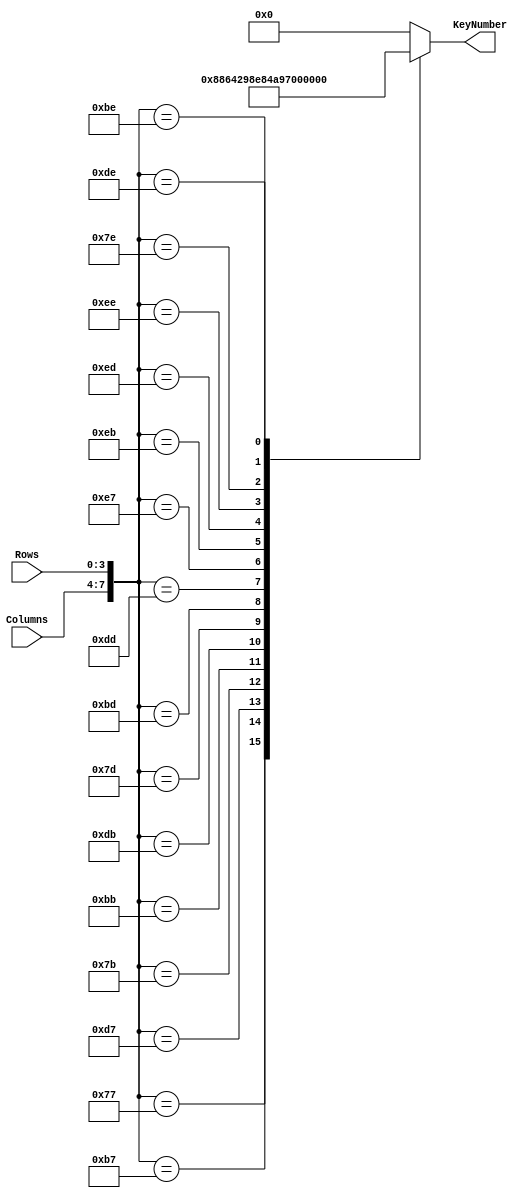
`timescale 1ns / 1ps
//////////////////////////////////////////////////////////////////////////////////
// Company:  Adam LLC
// 
// Design Name:    Key Encoder
// Module Name:    KeyEncoderAJM 
//////////////////////////////////////////////////////////////////////////////////
module KeyEncoderAJM(Columns, Rows, KeyNumber);
	input [3:0] Columns;
	input [3:0] Rows;
	output reg [4:0] KeyNumber;

	parameter NoKey = 0;
	parameter key1 = 1;
	parameter key2 = 2;
	parameter key3 = 3;
	parameter key4 = 4;
	parameter key5 = 5;
	parameter key6 = 6;
	parameter key7 = 7;
	parameter key8 = 8;
	parameter key9 = 9;
	parameter keyA = 10;
	parameter keyB = 11;
	parameter keyC = 12;
	parameter keyD = 13;
	parameter keyStar = 14;
	parameter key0 = 15;
	parameter keyPound = 16;
	
	always@(Columns or Rows)
	case ({ Columns, Rows })
		8'b01110111: KeyNumber <= key1;
		8'b10110111: KeyNumber <= key2;
		8'b11010111: KeyNumber <= key3;
		8'b01111011: KeyNumber <= key4;
		8'b10111011: KeyNumber <= key5;
		8'b11011011: KeyNumber <= key6;
		8'b01111101: KeyNumber <= key7;
		8'b10111101: KeyNumber <= key8;
		8'b11011101: KeyNumber <= key9;
		8'b11100111: KeyNumber <= keyA;
		8'b11101011: KeyNumber <= keyB;
		8'b11101101: KeyNumber <= keyC;
		8'b11101110: KeyNumber <= keyD;
		8'b01111110: KeyNumber <= keyStar;
		8'b10111110: KeyNumber <= key0;
		8'b11011110: KeyNumber <= keyPound;
		default: KeyNumber <= NoKey;
	endcase
endmodule